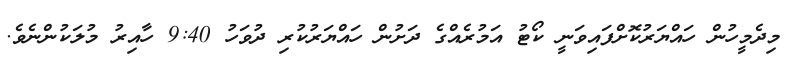
މިދެމީހުން ހައްޔަރުކޮށްފައިވަނީ ކޯޓު އަމުރެއްގެ ދަށުން ހައްޔަރުކުރި ދުވަހު 9:40 ހާއިރު މުލަކުންނެވެ.